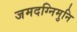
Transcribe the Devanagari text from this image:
जमदग्निमुनि